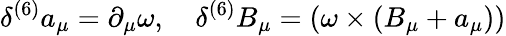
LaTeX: \delta^{(6)}a_{\mu}=\partial_{\mu}\omega,\quad\delta^{(6)}B_{\mu}=(\omega\times(B_{\mu}+a_{\mu}))